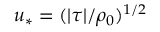
u _ { * } = ( \boldsymbol { | \tau | } / \rho _ { 0 } ) ^ { 1 / 2 }